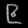
Digit: ၉